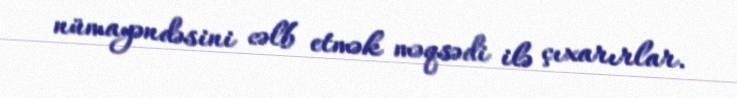
nümayəndəsini cəlb etmək məqsədi ilə çıxarırlar.